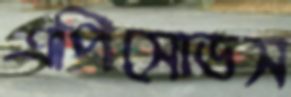
এপিসোডস